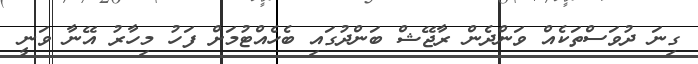
ގިނަ ދުވަސްތަކެއް ވަންދެން ރާޖޭޝް ބަންދުގައި ބެހެއްޓުމަށް ފަހު މިހާރު އޭނާ ވަނީ